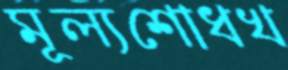
মূল্যশোধখ